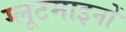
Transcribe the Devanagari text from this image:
ग्लूटमाइनों